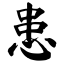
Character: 患